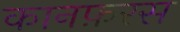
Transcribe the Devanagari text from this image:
कानफ़रस